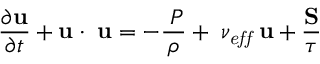
\frac { \partial \mathbf { u } } { \partial t } + \mathbf { u } \cdot \triangledown \mathbf { u } = - \frac { \triangledown P } { \rho } + \triangledown \nu _ { \mathit { e f f } } \triangledown \mathbf { u } + \frac { \mathbf { S } } { \tau }